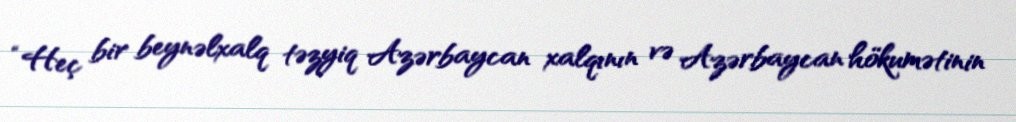
“Heç bir beynəlxalq təzyiq Azərbaycan xalqının və Azərbaycan hökumətinin